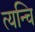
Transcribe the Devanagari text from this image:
त्यन्चि